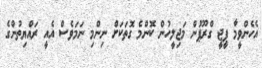
އެހެންވީމާ ޕީޖީ ގްރޫޕުން މަޖިލީހުން ކޮންމެ ގޮތަކަށް ނިންމި ނަމަވެސް އެއީ ރައްޔިތުންގެ